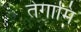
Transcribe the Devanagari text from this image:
तेगामि